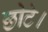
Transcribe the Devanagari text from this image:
छोटे।